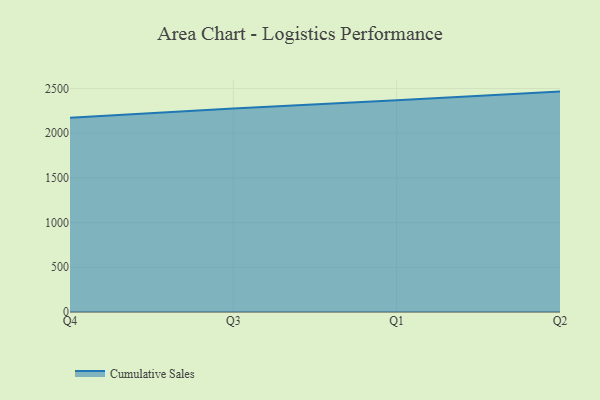
{"axis": {"x": "Quarter", "y": "Population (Million)"}, "legend": ["Cumulative Sales"], "data": [{"x": "Q4", "y": 2172.0, "type": "Cumulative Sales"}, {"x": "Q3", "y": 2275.1, "type": "Cumulative Sales"}, {"x": "Q1", "y": 2368.9, "type": "Cumulative Sales"}, {"x": "Q2", "y": 2464.9, "type": "Cumulative Sales"}]}